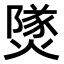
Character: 𤎩